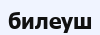
билеуш